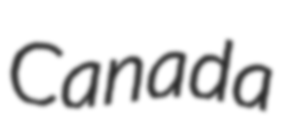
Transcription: Canada